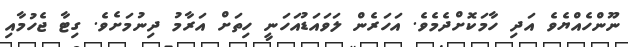
ނޫންހެއްޔެވެ އަދި ހާމަކޮށްދެމެވެ. އަހަރެން ލަވައަޑުއަހަނީ ހިތަށް އަރާމު ދިނުމަށެވެ. ގިޓާ ޖެހުމާއި